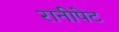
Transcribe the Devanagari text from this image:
रानीपेट